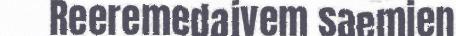
Reeremedajvem saemien